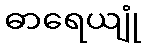
ဓာရေယျုံ